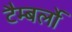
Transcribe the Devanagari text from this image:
टैम्बर्लो